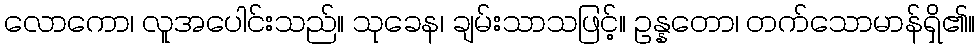
လောကော၊ လူအပေါင်းသည်။ သုခေန၊ ချမ်းသာသဖြင့်။ ဥန္နတော၊ တက်သောမာန်ရှိ၏။